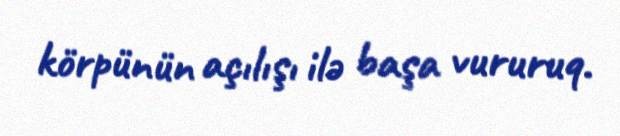
körpünün açılışı ilə başa vururuq.